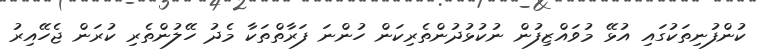
ކުންފުނިތަކުގައި އުޅޭ މުވައްޒިފުން ނުކުޅުދުންތެރިކަން ހުންނަ ފަރާތްތަކާ މެދު ހޭލުންތެރި ކުރަން ޖެހޭއިރު